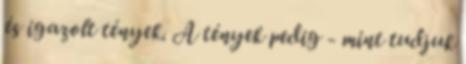
és igazolt tények. A tények pedig - mint tudjuk